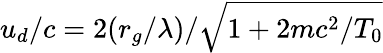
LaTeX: u_{d}/c=2(r_{g}/\lambda)/\sqrt{1+2mc^{2}/T_{0}}